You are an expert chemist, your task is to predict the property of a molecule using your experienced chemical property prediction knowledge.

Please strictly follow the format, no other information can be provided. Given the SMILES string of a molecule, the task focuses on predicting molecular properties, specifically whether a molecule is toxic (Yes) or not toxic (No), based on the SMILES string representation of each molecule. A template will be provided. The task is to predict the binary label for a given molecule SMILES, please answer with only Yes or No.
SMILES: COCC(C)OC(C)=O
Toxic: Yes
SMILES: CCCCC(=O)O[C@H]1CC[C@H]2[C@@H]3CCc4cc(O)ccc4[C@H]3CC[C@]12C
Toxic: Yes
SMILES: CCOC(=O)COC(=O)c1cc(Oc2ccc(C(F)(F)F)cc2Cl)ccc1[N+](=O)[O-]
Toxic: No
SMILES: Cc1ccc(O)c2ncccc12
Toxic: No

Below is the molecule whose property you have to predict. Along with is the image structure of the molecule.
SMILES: CN1C(=O)N(c2ccccc2Br)Cc2cnc(Nc3ccc4c(c3)OCC(CO)O4)nc21
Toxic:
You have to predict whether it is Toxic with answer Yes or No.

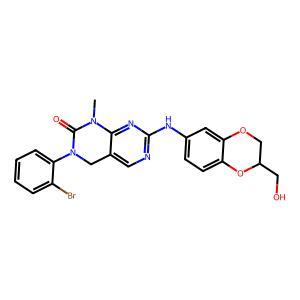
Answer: No